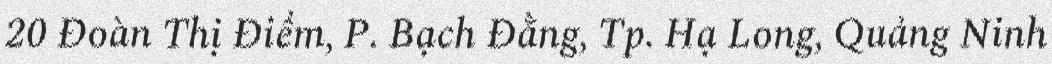
20 Đoàn Thị Điểm, P. Bạch Đằng, Tp. Hạ Long, Quảng Ninh